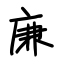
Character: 廉